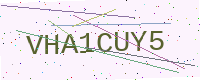
Text: VHA1CUY5